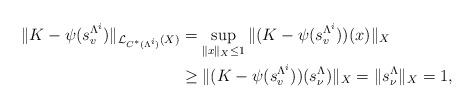
LaTeX: \begin{align*}\|K-\psi(s_v^{\Lambda^i})\|_{\mathcal{L}_{C^*(\Lambda^i)}(X)}&=\sup_{\|x\|_X\leq 1}\|(K-\psi(s_v^{\Lambda^i}))(x)\|_X\\&\geq \|(K-\psi(s_v^{\Lambda^i}))(s_\nu^\Lambda)\|_X=\|s_\nu^\Lambda\|_X=1,\end{align*}